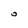
Character: O